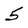
Character: 5